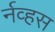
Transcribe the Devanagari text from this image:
र्नव्हस